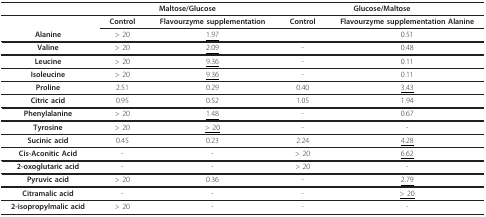
|  | <COLSPAN=2> Maltose/Glucose | <COLSPAN=2> Glucose/Maltose |
 | --- | --- | --- | --- | --- |
 |  | Control | Flavourzyme supplementation | Control | Flavourzyme supplementation Alanine |
 | Alanine | > 20 | <underline>1.97</underline> |  | 0.51 |
 | Valine | > 20 | <underline>2.09</underline> | - | 0.48 |
 | Leucine | > 20 | <underline>9.36</underline> | - | 0.11 |
 | Isoleucine | > 20 | <underline>9.36</underline> | - | 0.11 |
 | Proline | 2.51 | 0.29 | 0.40 | <underline>3.43</underline> |
 | Citric acid | 0.95 | 0.52 | 1.05 | 1.94 |
 | Phenylalanine | > 20 | <underline>1.48</underline> | - | 0.67 |
 | Tyrosine | > 20 | <underline>> 20</underline> | - | - |
 | Sucinic acid | 0.45 | 0.23 | 2.24 | <underline>4.28</underline> |
 | Cis-Aconitic Acid | - | - | > 20 | <underline>6.62</underline> |
 | 2-oxoglutaric acid | - | - | > 20 | - |
 | Pyruvic acid | > 20 | 0.36 | - | <underline>2.79</underline> |
 | Citramalic acid | - | - | - | <underline>> 20</underline> |
 | 2-isopropylmalic acid | > 20 | - | - | - |